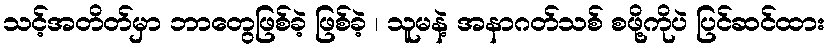
သင့်အတိတ်မှာ ဘာတွေဖြစ်ခဲ့ ဖြစ်ခဲ့ ၊ သူမနဲ့ အနာဂတ်သစ် စဖို့ကိုပဲ ပြင်ဆင်ထား